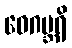
ဝေဂဗ္ဘရိ